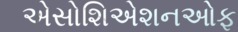
એસોશિએશનઓફ